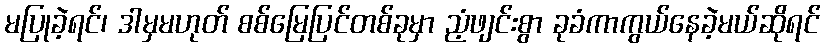
မပြုခဲ့ရင်၊ ဒါမှမဟုတ် စစ်မြေပြင်တစ်ခုမှာ ညံ့ဖျင်းစွာ ခုခံကာကွယ်နေခဲ့မယ်ဆိုရင်